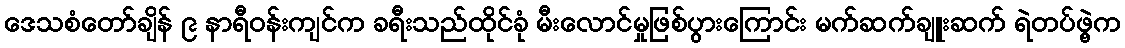
ဒေသစံတော်ချိန် ၉ နာရီဝန်းကျင်က ခရီးသည်ထိုင်ခုံ မီးလောင်မှုဖြစ်ပွားကြောင်း မက်ဆက်ချူးဆက် ရဲတပ်ဖွဲ့က